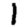
Digit: 1